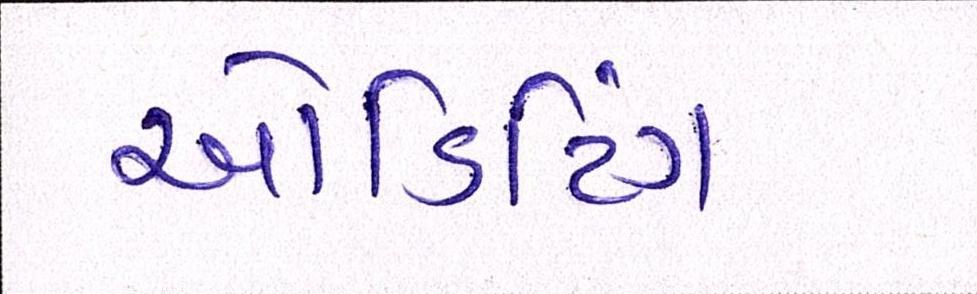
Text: ઓડિટિંગ